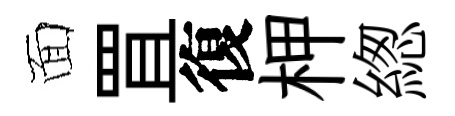
面罝復柙緫